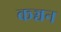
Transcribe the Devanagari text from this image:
कञ्चन